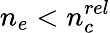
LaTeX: n_{e}<n_{c}^{rel}